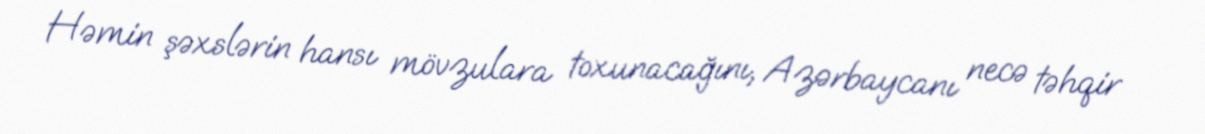
Həmin şəxslərin hansı mövzulara toxunacağını, Azərbaycanı necə təhqir